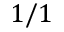
1 / 1